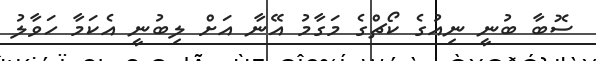
ސޮބާ ބުނީ ނިއުގެ ކޯޗްގެ މަގާމު އޭނާ އަށް ލިބުނީ އެކަމާ ހަވާލު